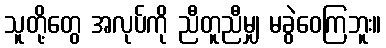
သူတို့တွေ အလုပ်ကို ညီတူညီမျှ မခွဲဝေကြဘူး။